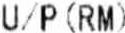
U/P(RM)